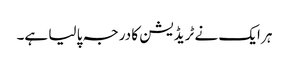
ہر ایک نے ٹریڈیشن کا درجہ پا لیا ہے۔